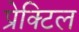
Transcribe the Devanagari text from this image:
प्रेक्टिल